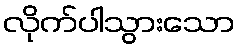
လိုက်ပါသွားသော